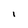
Character: i